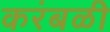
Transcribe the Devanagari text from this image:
करंबळी